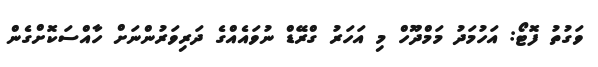
ވަގުތު ފޮޓޯ: އަހުމަދު މަމްދޫހް މި އަހަރު ގްރޭޑް ނުވައެއްގެ ދަރިވަރުންނަށް ހާއްސަކޮށްގެން